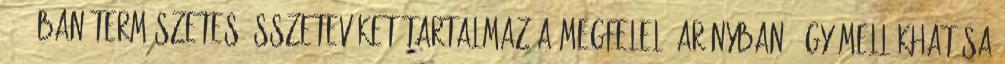
100%-ban természetes összetevőket tartalmaz a megfelelő arányban, így mellékhatása